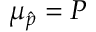
\mu _ { \hat { p } } = P